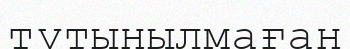
тұтынылмаған